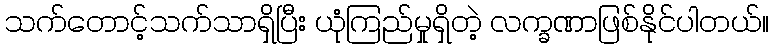
သက်တောင့်သက်သာရှိပြီး ယုံကြည်မှုရှိတဲ့ လက္ခဏာဖြစ်နိုင်ပါတယ်။